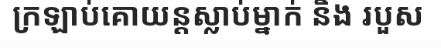
ក្រឡាប់គោយន្តស្លាប់ម្នាក់ និង របួស